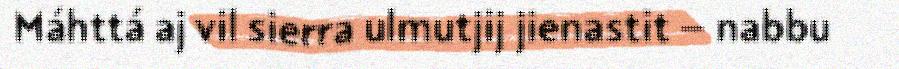
Máhttá aj vil sierra ulmutjij jienastit – nabbu